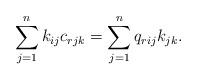
LaTeX: \begin{align*}\sum_{j=1}^{n}k_{ij}c_{rjk}=\sum_{j=1}^{n}q_{rij}k_{jk}.\end{align*}